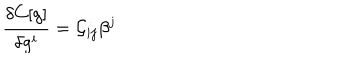
LaTeX: \frac { \delta C [ g ] } { \delta g ^ { i } } = { \cal G } _ { i j } \beta ^ { j }